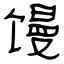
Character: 馒